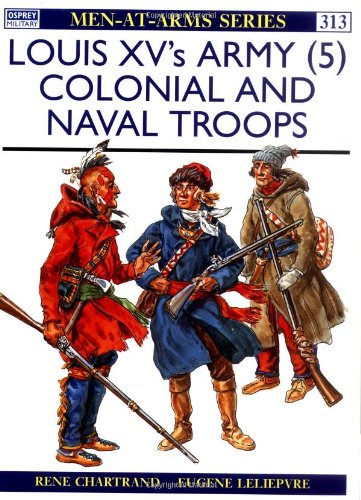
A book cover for Louis XV's Army (5) : Colonial and Naval Troops (Men-At-Arms Series, 313); Rene Chartrand; History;